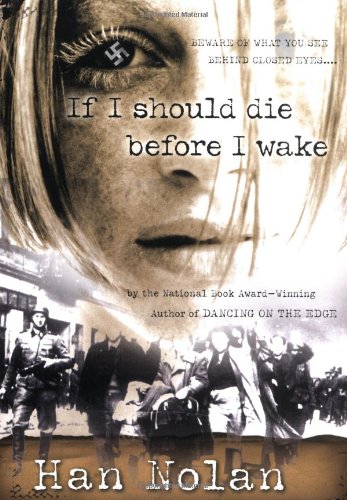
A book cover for If I Should Die Before I Wake; Han Nolan; Teen & Young Adult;